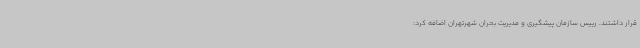
قرار داشتند. رییس سازمان پیشگیری و مدیریت بحران شهرتهران اضافه کرد:‌